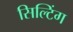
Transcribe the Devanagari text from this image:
सिल्टिंग